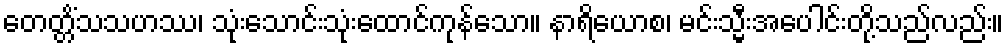
တေတ္တိံသသဟဿ၊ သုံးသောင်းသုံးထောင်ကုန်သော။ နာရိယောစ၊ မင်းသ္မီးအပေါင်းတို့သည်လည်း။